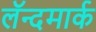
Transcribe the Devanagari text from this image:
लॅन्दमार्क